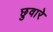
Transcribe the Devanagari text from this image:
छुवारे